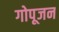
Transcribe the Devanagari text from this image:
गोपूजन